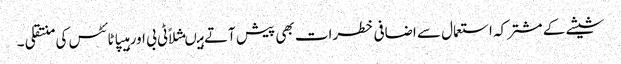
شیشے کے مشترکہ استعمال سے اضافی خطرات بھی پیش آتے ہیںمثلاًٹی بی اور ہیپاٹائٹس کی منتقلی ۔